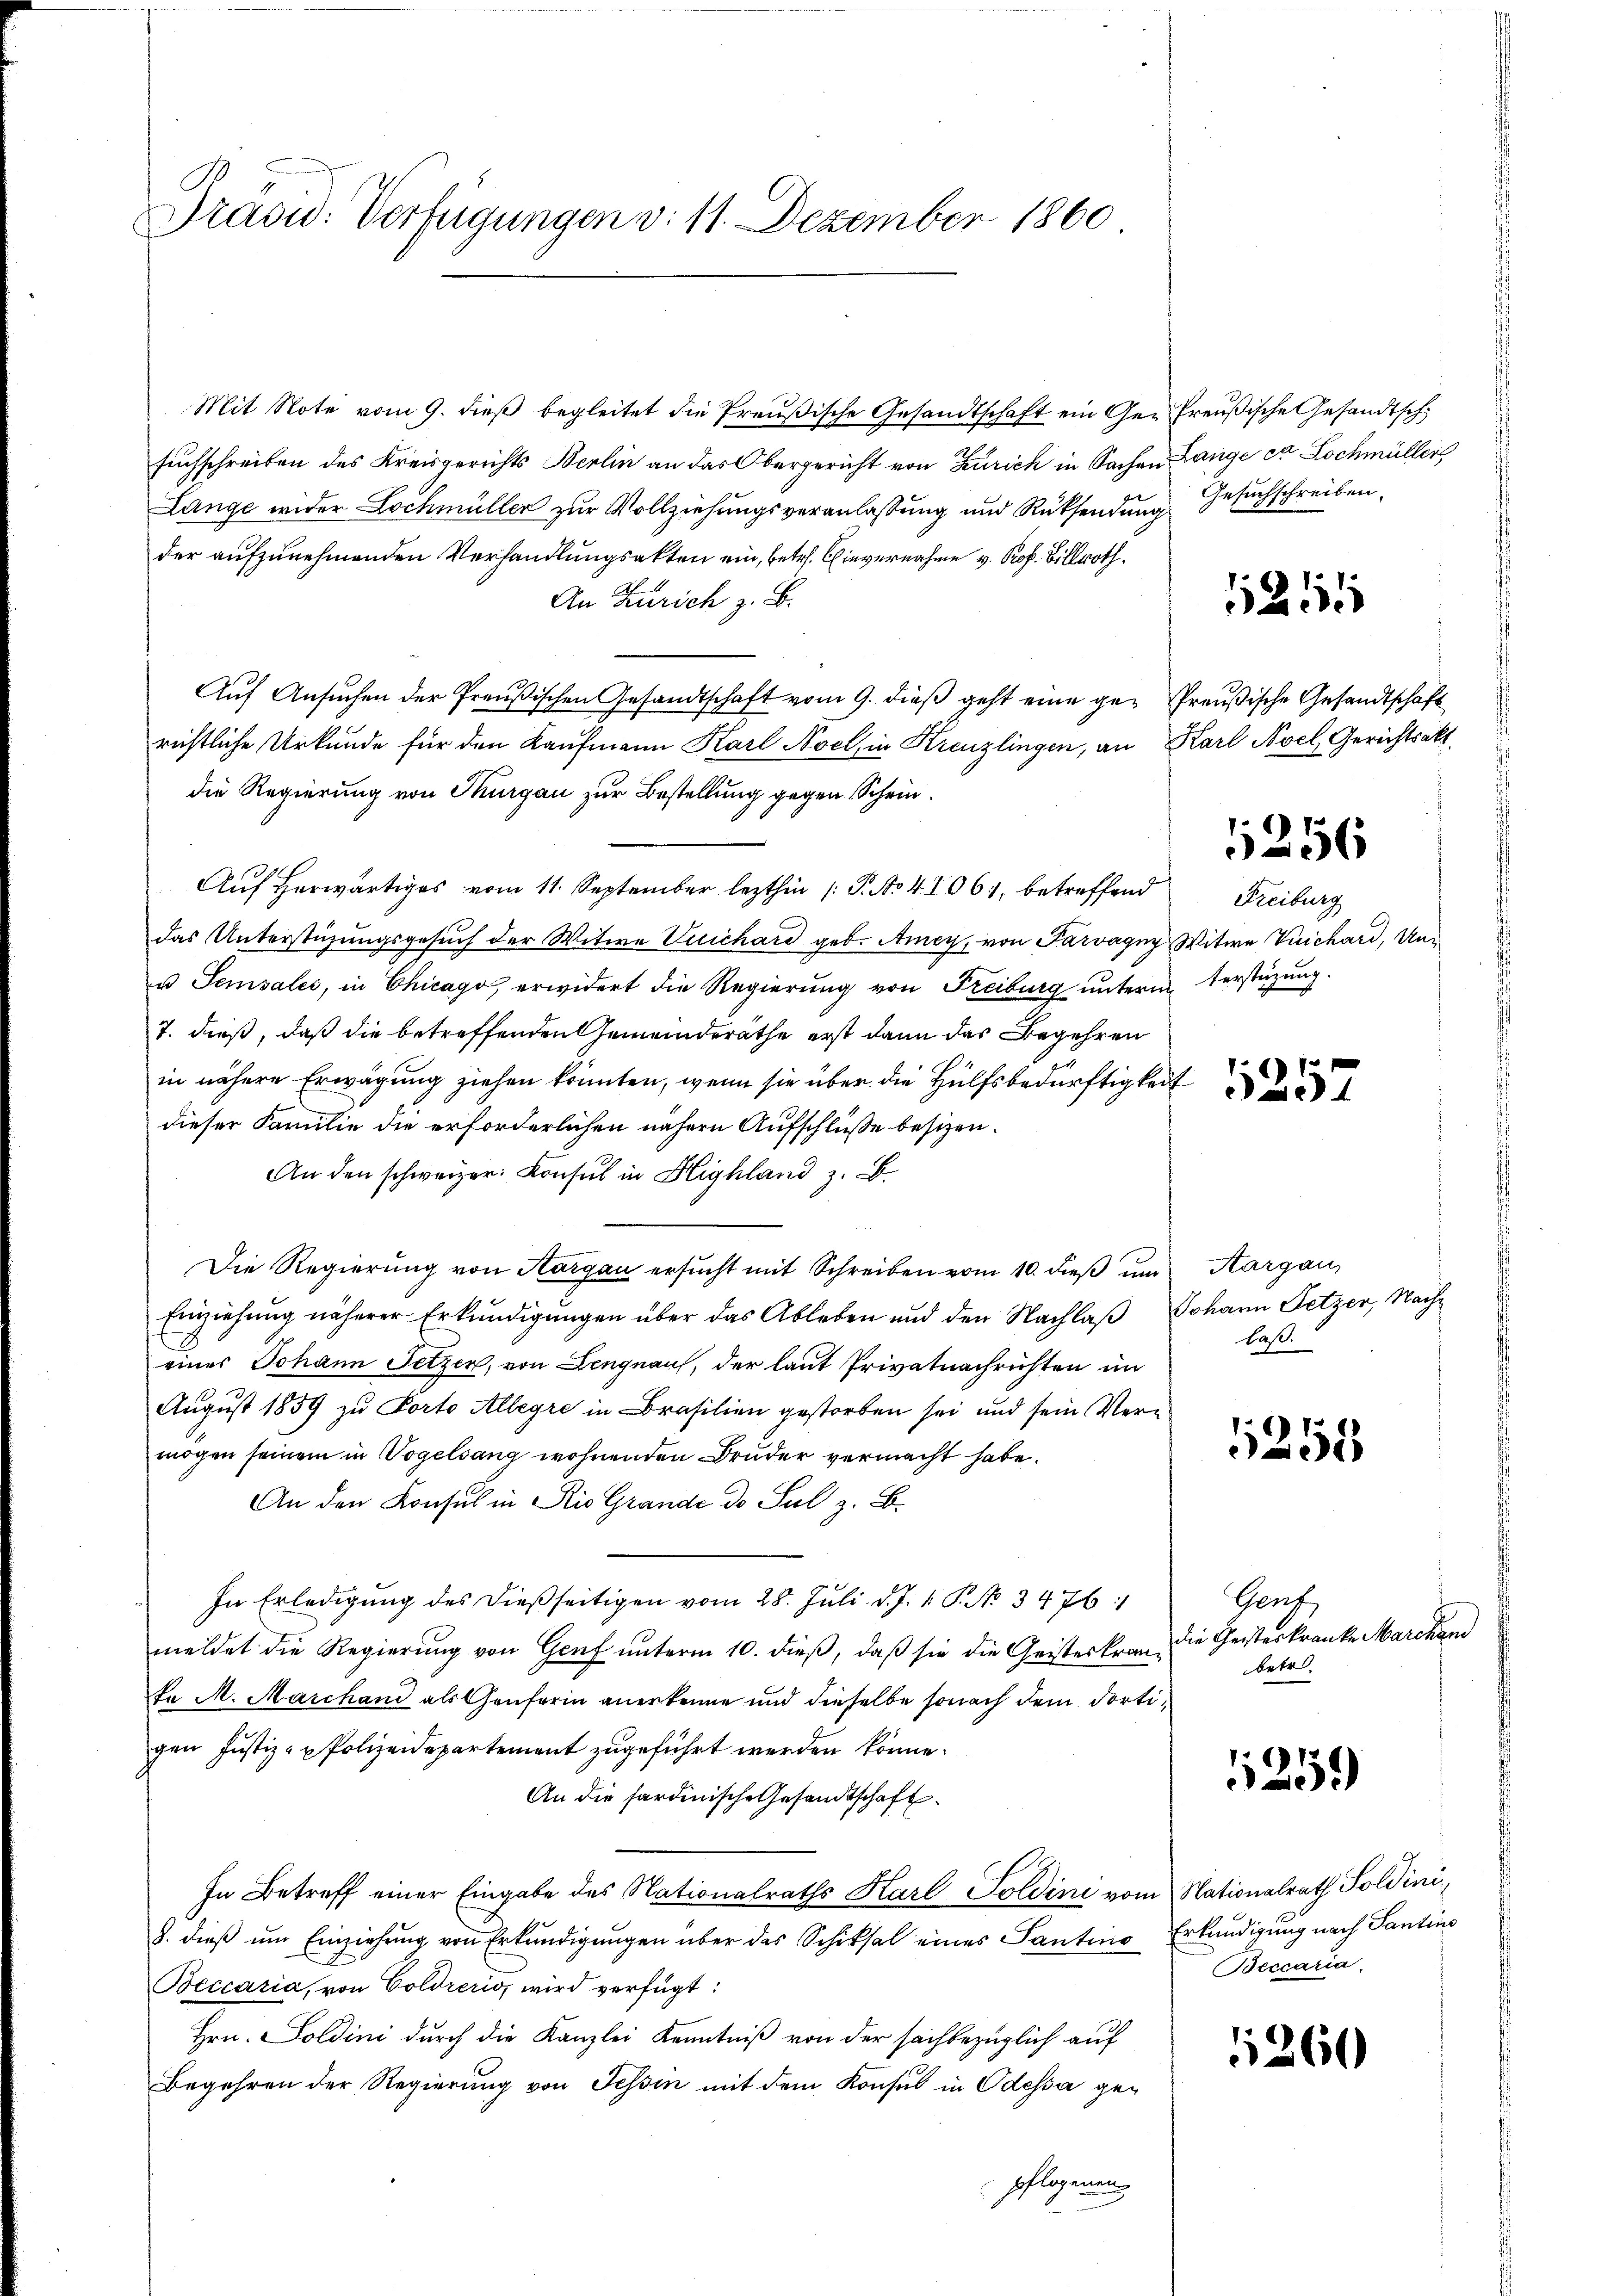
Dräsid. Verfügungen v. 11. Dezember 1860

Mit Note vom 9. dieß begleitet die Preußische Gesandtschaft ein Ge- Preußische Gesandtsch
suchschreiben des Kreisgerichts Berlin an das Obergericht von Zürich in Sachen Lange et Lochmüller
Lange wider Lochmüller zur Vollziehungsveranlassung und Rücksendung
der aufzunehmenden Verhandlungsakten ein, betr. Einvernahme v. Prof. Billroth
An Zürich z. B.
Auf Ansuchen der Preußischen Gesandtschaft vom 9. dieß geht eine ge- Preußische Gesandtschaft
richtliche Urkunde für den Kaufmann Karl Noel, in Kreuzlingen, an Karl Noch Gerichtsakt,
die Regierung von Thurgau zur Bestellung gegen Schein¬
Auf herwärtiges vom 11. September lezthin /: P. No 42061, betreffend
das Unterstüzungsgesuch der Witwe Vuichard geb. Amey, von Parvagny, Witwe Vuichard, Un¬
u Semsales, in Chicago, erwidert die Regierung von Freiburg unterm Verstüzung.
7. dieß, daß die betreffenden Gemeinderäthe erst dann das Begehren
in nähere Erwägung ziehen könnten, wenn sie über die Hülfsbedürftigkeit
dieser Familie die erforderlichen nähern Aufschlüsse besizen.
An den schweizer. Consul in Highland z. B.
Die Regierŭng von Aargau ersŭcht mit Schreiben vom 10. dieβ ŭm Aargau,
Einziehung näherer Erkundigungen über das Ableben und den Nachlaß Johann Fetzer, Nacheines Johann Setzen, von Lengnau, der laut Privatnachrichten im
August 1859 zu Porto Alleyre in Brasilien gestorben sei und sein Vermögen seinem in Vogelsang wohnenden Bruder vermacht habe.
An den Konsul in Rio Grande de Sul z. B.
In Erledigung des dießseitigen vom 28. Juli d. J. V. P. No 34761
meldet die Regierung von Genf unterm 10. dieß, daß sie die Geisteskrante M. Marchani als Genferin anerkenne und dieselbe sonach dem dortigen Justiz- u Polizeidepartement zugeführt werden könne.
An die sardinische Gesandtschaft
In Betreff einer Eingabe des Nationalraths Karl Toldini vom Nationalrath Soldini,
8. dieβ ŭm Einziehung von Erkundigungen über das Schicksal eines Santine Erkundigung nach Santins
Beccaria, von Goldrerio, wird verfügt:
Hrn. Soldini durch die Kanzlei Kenntniß von der sachbezüglich auf
Begehren der Regierung von Tessin mit dem Konsul in Odessa gepflogenen

Gesuchschreiben.

1214

1256
Freiburg

laß.

1255

Gruf,
die Geisterkranke Marchen
betr.

1259)

Beccaria.

1260